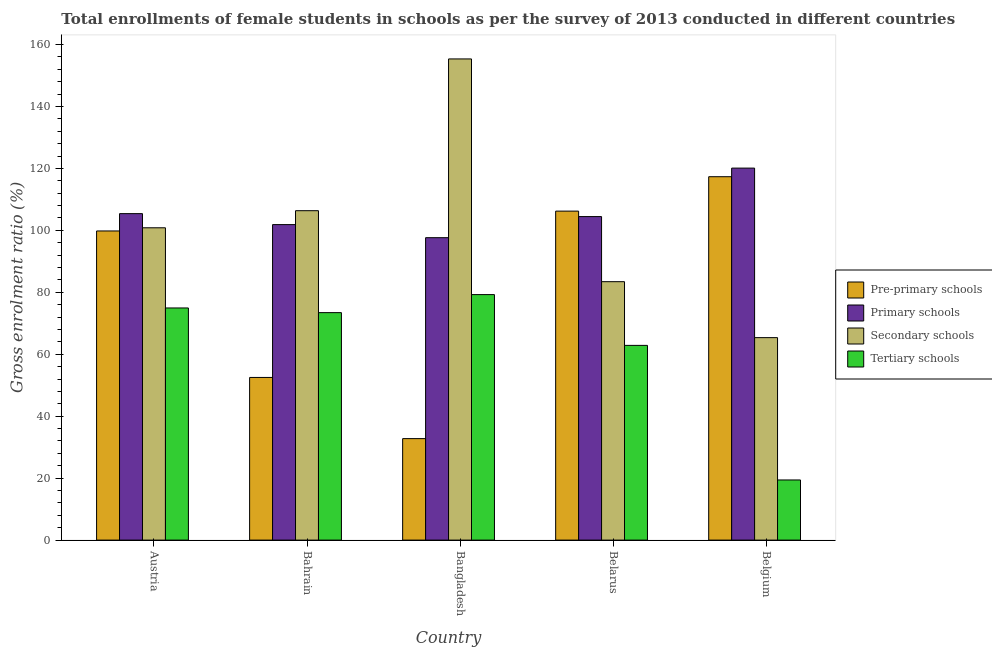
| Country | Pre-primary schools | Primary schools | Secondary schools | Tertiary schools |
 | --- | --- | --- | --- | --- |
 | Austria | 99.8 | 105 | 101 | 74.9 |
 | Bahrain | 52.5 | 102 | 106 | 73.4 |
 | Bangladesh | 32.8 | 97.6 | 155 | 79.3 |
 | Belarus | 106 | 104 | 83.4 | 62.9 |
 | Belgium | 117 | 120 | 65.4 | 19.4 |